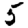
Digit: 5